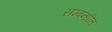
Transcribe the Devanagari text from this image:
सम्‍बन्‍धीत